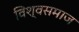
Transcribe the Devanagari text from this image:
विश्वसमाज